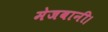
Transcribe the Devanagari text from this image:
मेजबानी।